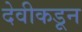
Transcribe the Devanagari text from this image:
देवीकडून